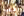
العم